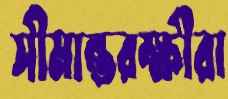
সীমান্তরক্ষীরা